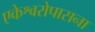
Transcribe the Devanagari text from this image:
एकेश्वरोपासना